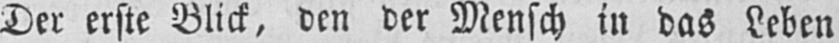
Der erste Blick, den der Mensch in das Leben